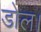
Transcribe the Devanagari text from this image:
डोल।